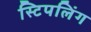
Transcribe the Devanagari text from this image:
स्टिपलिंग